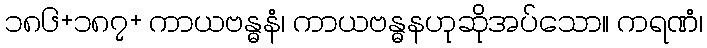
၁၈၆+၁၈၇+ ကာယဗန္ဓနံ၊ ကာယဗန္ဓနဟုဆိုအပ်သော။ ကရဏံ၊